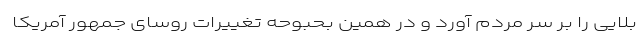
بلایی را بر سر مردم آورد و در همین بحبوحه تغییرات روسای جمهور آمریکا